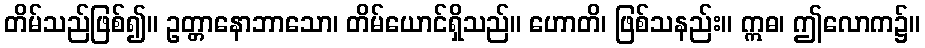
တိမ်သည်ဖြစ်၍။ ဥတ္တာနောဘာသော၊ တိမ်ယောင်ရှိသည်။ ဟောတိ၊ ဖြစ်သနည်း။ ဣဓ၊ ဤလောက၌။